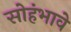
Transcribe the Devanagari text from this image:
सोहंभावे